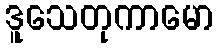
ဒူသေတုကာမော